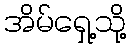
အိမ်ရှေ့သို့